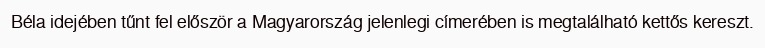
Béla idejében tűnt fel először a Magyarország jelenlegi címerében is megtalálható kettős kereszt.